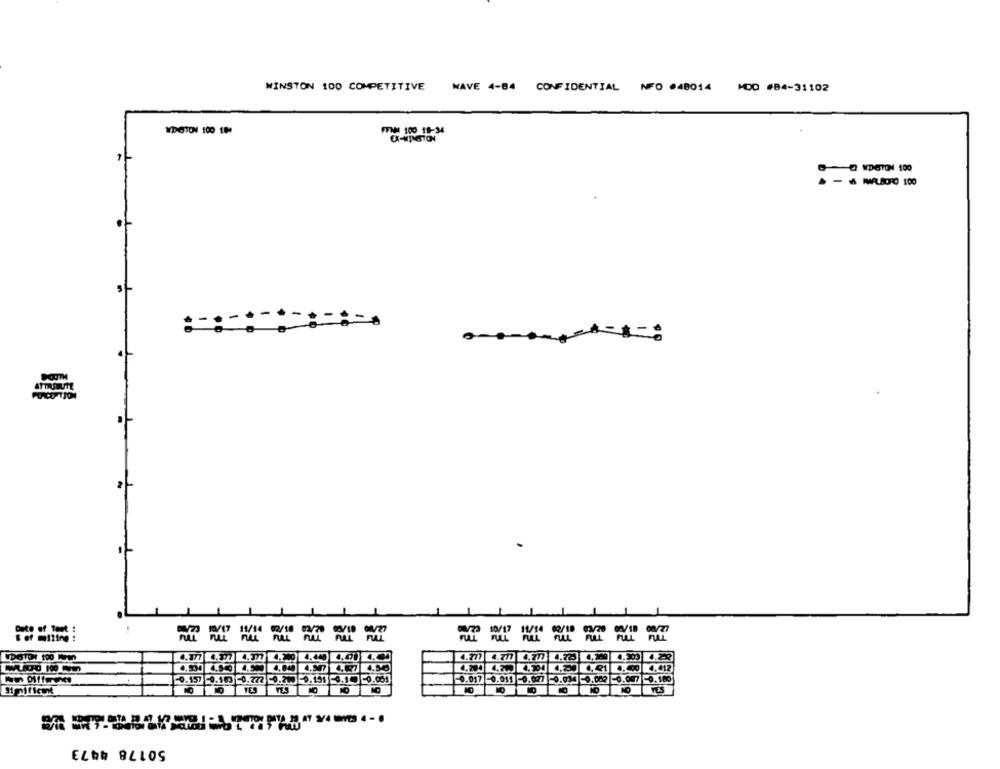
WINSTON 100 COMPETITIVE
WAVE 4-84 CONFIDENTIAL NFO #48014 MOD #84-31102
WDGTON 100 104
O VDSTON 100
- MAJD0 100
-
== === ==
LDOTONY 100 IVIN
4.977 4.3
4.277 4.777 4.777 4.78 9 4.9 .2
4,56
4, 400 4.412
0.157 0.103 -0.772 0.200 0.155 0.1 0.054
0.017 0.011 0.027 0.034 0.003 0.097 0.100
10
50178 4473